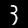
Label: 3